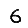
Digit: 6